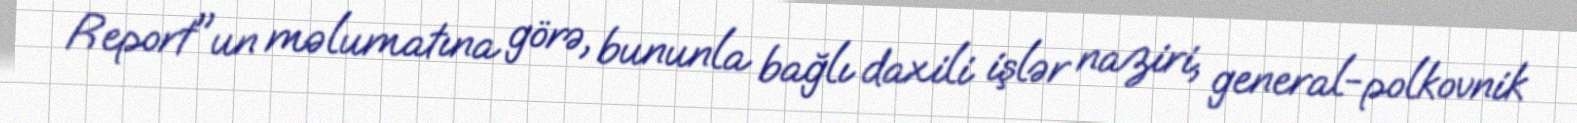
Report"un məlumatına görə, bununla bağlı daxili işlər naziri, general-polkovnik